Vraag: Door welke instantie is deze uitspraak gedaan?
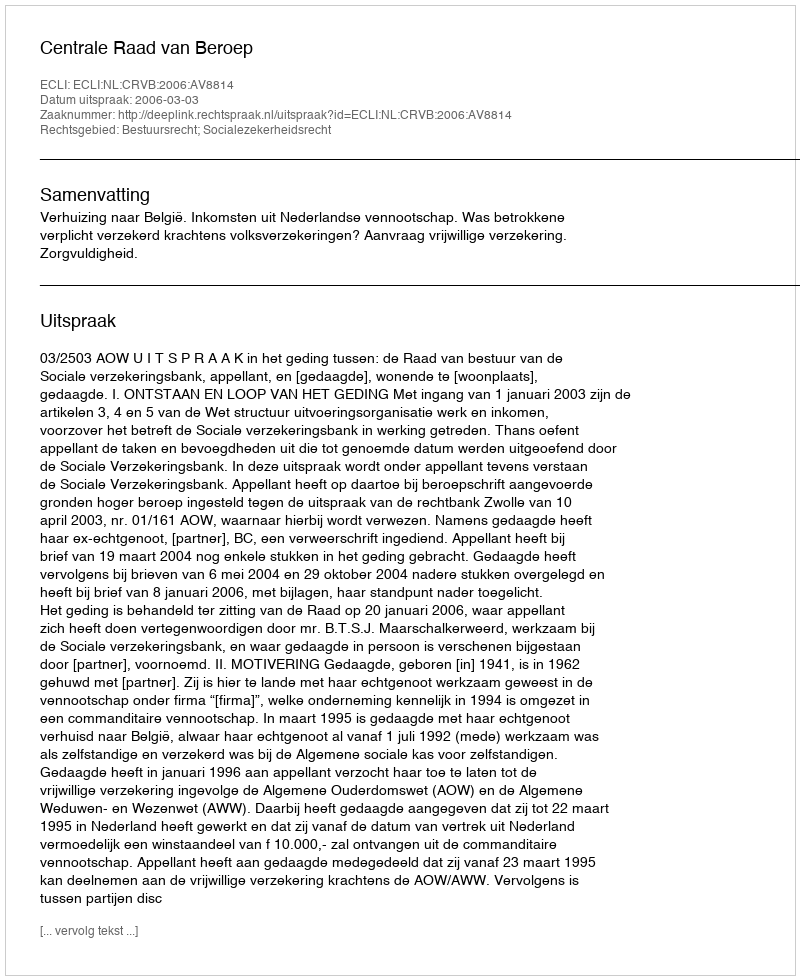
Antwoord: Centrale Raad van Beroep